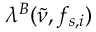
\lambda ^ { B } ( \tilde { \nu } , f _ { s , i } )